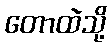
တောထဲသို့